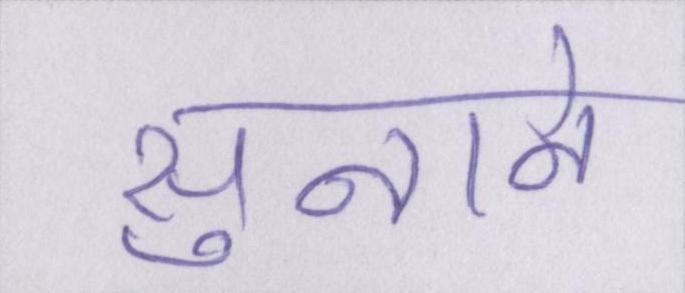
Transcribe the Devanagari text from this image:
सुनाने